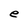
Character: e